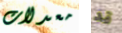
معدلات قد